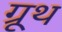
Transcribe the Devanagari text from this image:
ग्रूथ